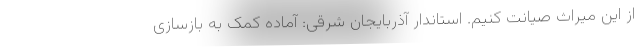
از این میراث صیانت کنیم. استاندار آذربایجان شرقی: آماده کمک به بازسازی